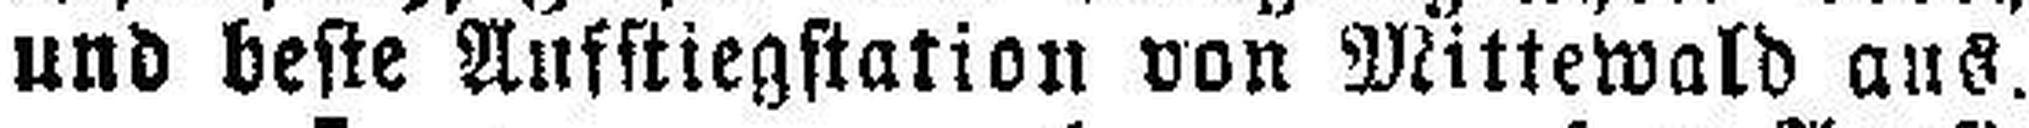
und beste Aufstiegstation von Mittewald aus.